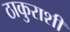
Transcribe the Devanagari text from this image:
ठाकुराशी